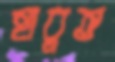
হাবুত